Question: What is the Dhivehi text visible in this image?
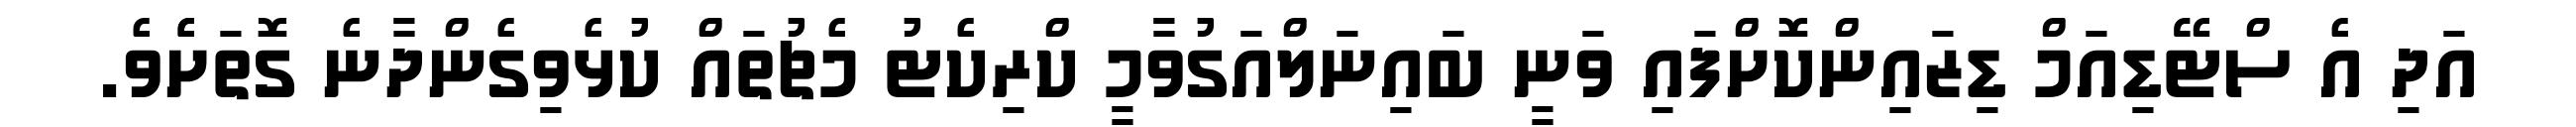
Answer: އަދި އެ ސްޓޭޑިއަމް ޑިޒައިންކޮށްފައި ވަނީ ބައިނަލްއަގުވާމީ ކްރިކެޓު މެޗުތައް ކުޅެވިގެންދާނެ ގޮތަށެެވެ.